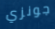
جونزي